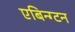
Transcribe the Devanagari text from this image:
एबिन्ग्टन